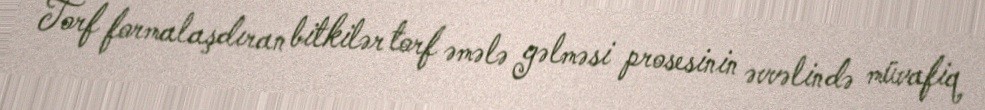
Torf formalaşdıran bitkilər torf əmələ gəlməsi prosesinin əvvəlində müvafiq